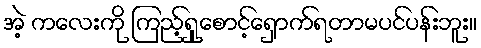
အဲ့ ကလေးကို ကြည့်ရှုစောင့်ရှောက်ရတာမပင်ပန်းဘူး။